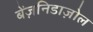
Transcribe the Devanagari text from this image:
बेंज़निडाज़ोल